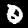
Label: 0